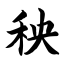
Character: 秧